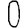
Digit: 0